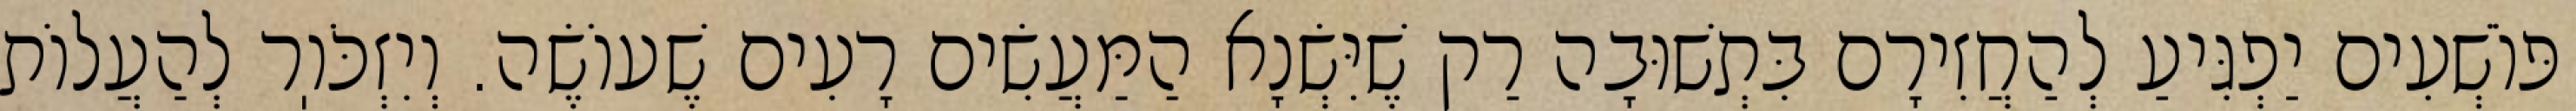
פּוֹשְׁעִים יַפְגִּיעַ לְהַחֲזִירָם בִּתְשׁוּבָה רַק שֶׁיִּשְׂנָא הַמַּעֲשִׂים רָעִים שֶׁעוֹשֶׂה. וְיִזְכֹּוֽר לְהַעֲלוֹת